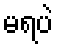
မရပဲ